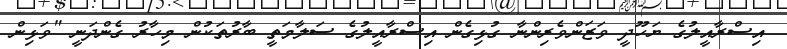
އިސްރާއީލުގެ ޔަހޫދީ ވަޒަންވެރިންނާ ގުޅިގެން އިސްރާއީލުގެ ސަލާމަތީ ބާރުތަކުން މިހާރު ގެންދަނީ "ވަޅިން